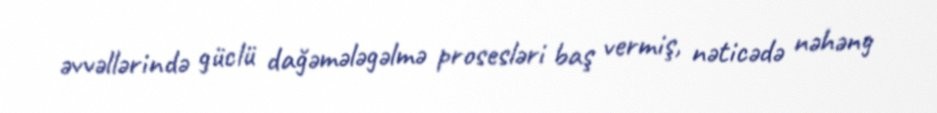
əvvəllərində güclü dağəmələgəlmə prosesləri baş vermiş, nəticədə nəhəng